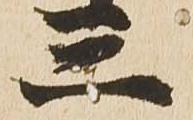
三